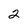
Character: 2